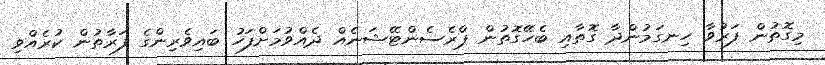
މިގޮތުން ފަރުވާ ހިނގަމުންދާ ގޮތާއި ބެހޭގޮތުން ޕްރެސެންޓޭޝަނެއް ދެއްވުމަށްފަހު ބައިވެރިންގެ ފަރާތުން ކުރެއްވި